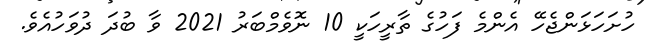
ހުށަހަޅަންޖެހޭ އެންމެ ފަހުގެ ތާރީހަކީ 10 ނޮވެމްބަރު 2021 ވާ ބުދަ ދުވަހުއެވެ.